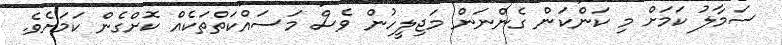
ސަމާލު ކަމަށް މި ކަންކަން ގެންނަން މަޖިލީހުން ވެސް މަސައްކަތްތަކެއް ކޮށްގެން ކަމަށެވެ.